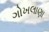
ગોખલાણા